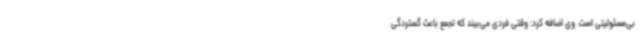
بی‌مسئولیتی است. وی اضافه کرد: وقتی فردی می‌بیند که تجمع باعث گستردگی